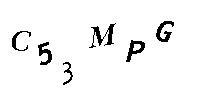
C53MPG